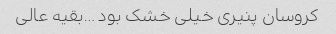
کروسان پنیری خیلی خشک بود …بقیه عالی